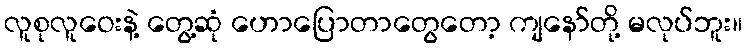
လူစုလူဝေးနဲ့ တွေ့ဆုံ ဟောပြောတာတွေတော့ ကျနော်တို့ မလုပ်ဘူး။